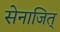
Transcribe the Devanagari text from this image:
सेनाजित्